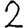
Digit: 2